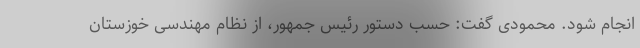
انجام شود. محمودی گفت: حسب دستور رئیس جمهور، از نظام مهندسی خوزستان